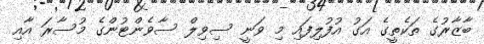
ބާޒާރުގެ ތަކެތީގެ އަގު އުފުލިފައި މި ވަނީ ސިވިލް ސާވެންޓުންގެ މުސާރަ އާއި